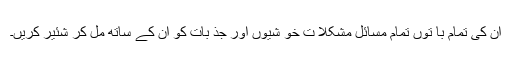
ان کی تمام با توں تمام مسائل مشکلا ت خو شیوں اور جذ بات کو ان کے ساتھ مل کر شئیر کریں۔